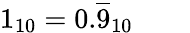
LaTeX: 1_{10}=0.{\overline{{9}}}_{10}\qquad